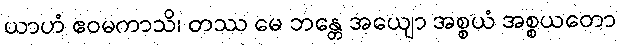
ယာဟံ ဧဝမကာသိ၊ တဿ မေ ဘန္တေ အယျော အစ္စယံ အစ္စယတော